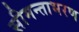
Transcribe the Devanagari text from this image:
सीमन्ताभरण